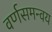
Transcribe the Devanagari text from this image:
वर्णसमन्वय